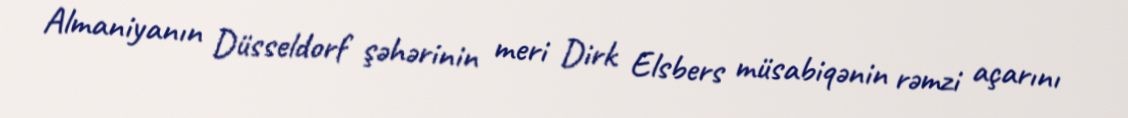
Almaniyanın Düsseldorf şəhərinin meri Dirk Elsbers müsabiqənin rəmzi açarını